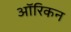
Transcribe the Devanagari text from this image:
ऑरिकन